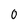
Character: 0